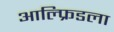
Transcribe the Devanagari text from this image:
आल्फ्रिडला